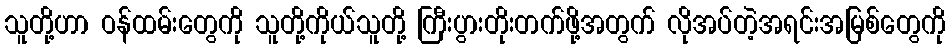
သူတို့ဟာ ဝန်ထမ်းတွေကို သူတို့ကိုယ်သူတို့ ကြီးပွားတိုးတက်ဖို့အတွက် လိုအပ်တဲ့အရင်းအမြစ်တွေကို